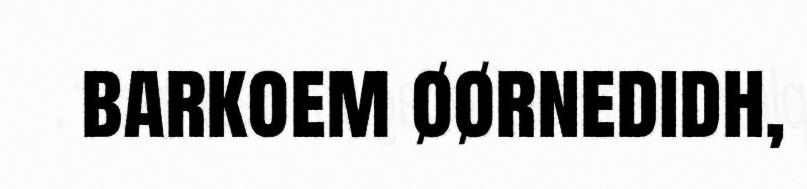
barkoem øørnedidh,